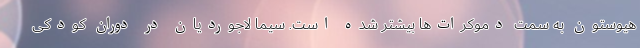
هیوستون به سمت دموکرات‌ها بیشتر شده است. سیما لاجوردیان در دوران کودکی